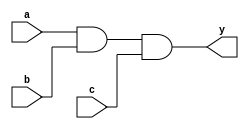
module and3(input      a, b, c,
  output reg y);
  reg tmp;
	always @(*)
	begin
		$display("%tmp");
	end
  always @ (a, b, c)
    begin
      tmp <= a & b;
      y   <= tmp & c;
    end
endmodule